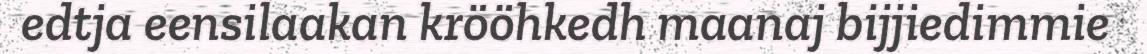
edtja eensilaakan krööhkedh maanaj bijjiedimmie